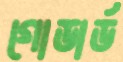
গোডার্ড